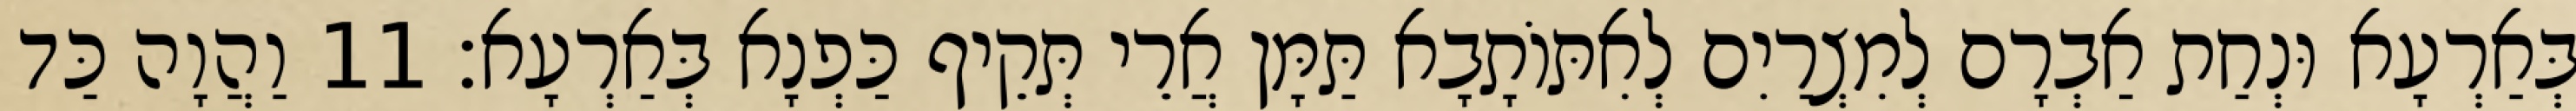
בְּאַרְעָא וּנְחַת אַבְרָם לְמִצְרַיִם לְאִתּוֹתָבָא תַּמָּן אֲרֵי תְּקֵיף כַּפְנָא בְּאַרְעָא׃ 11 וַהֲוָה כַּד